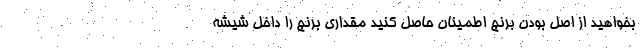
بخواهید از اصل بودن برنج اطمینان حاصل کنید مقداری برنج را داخل شیشه